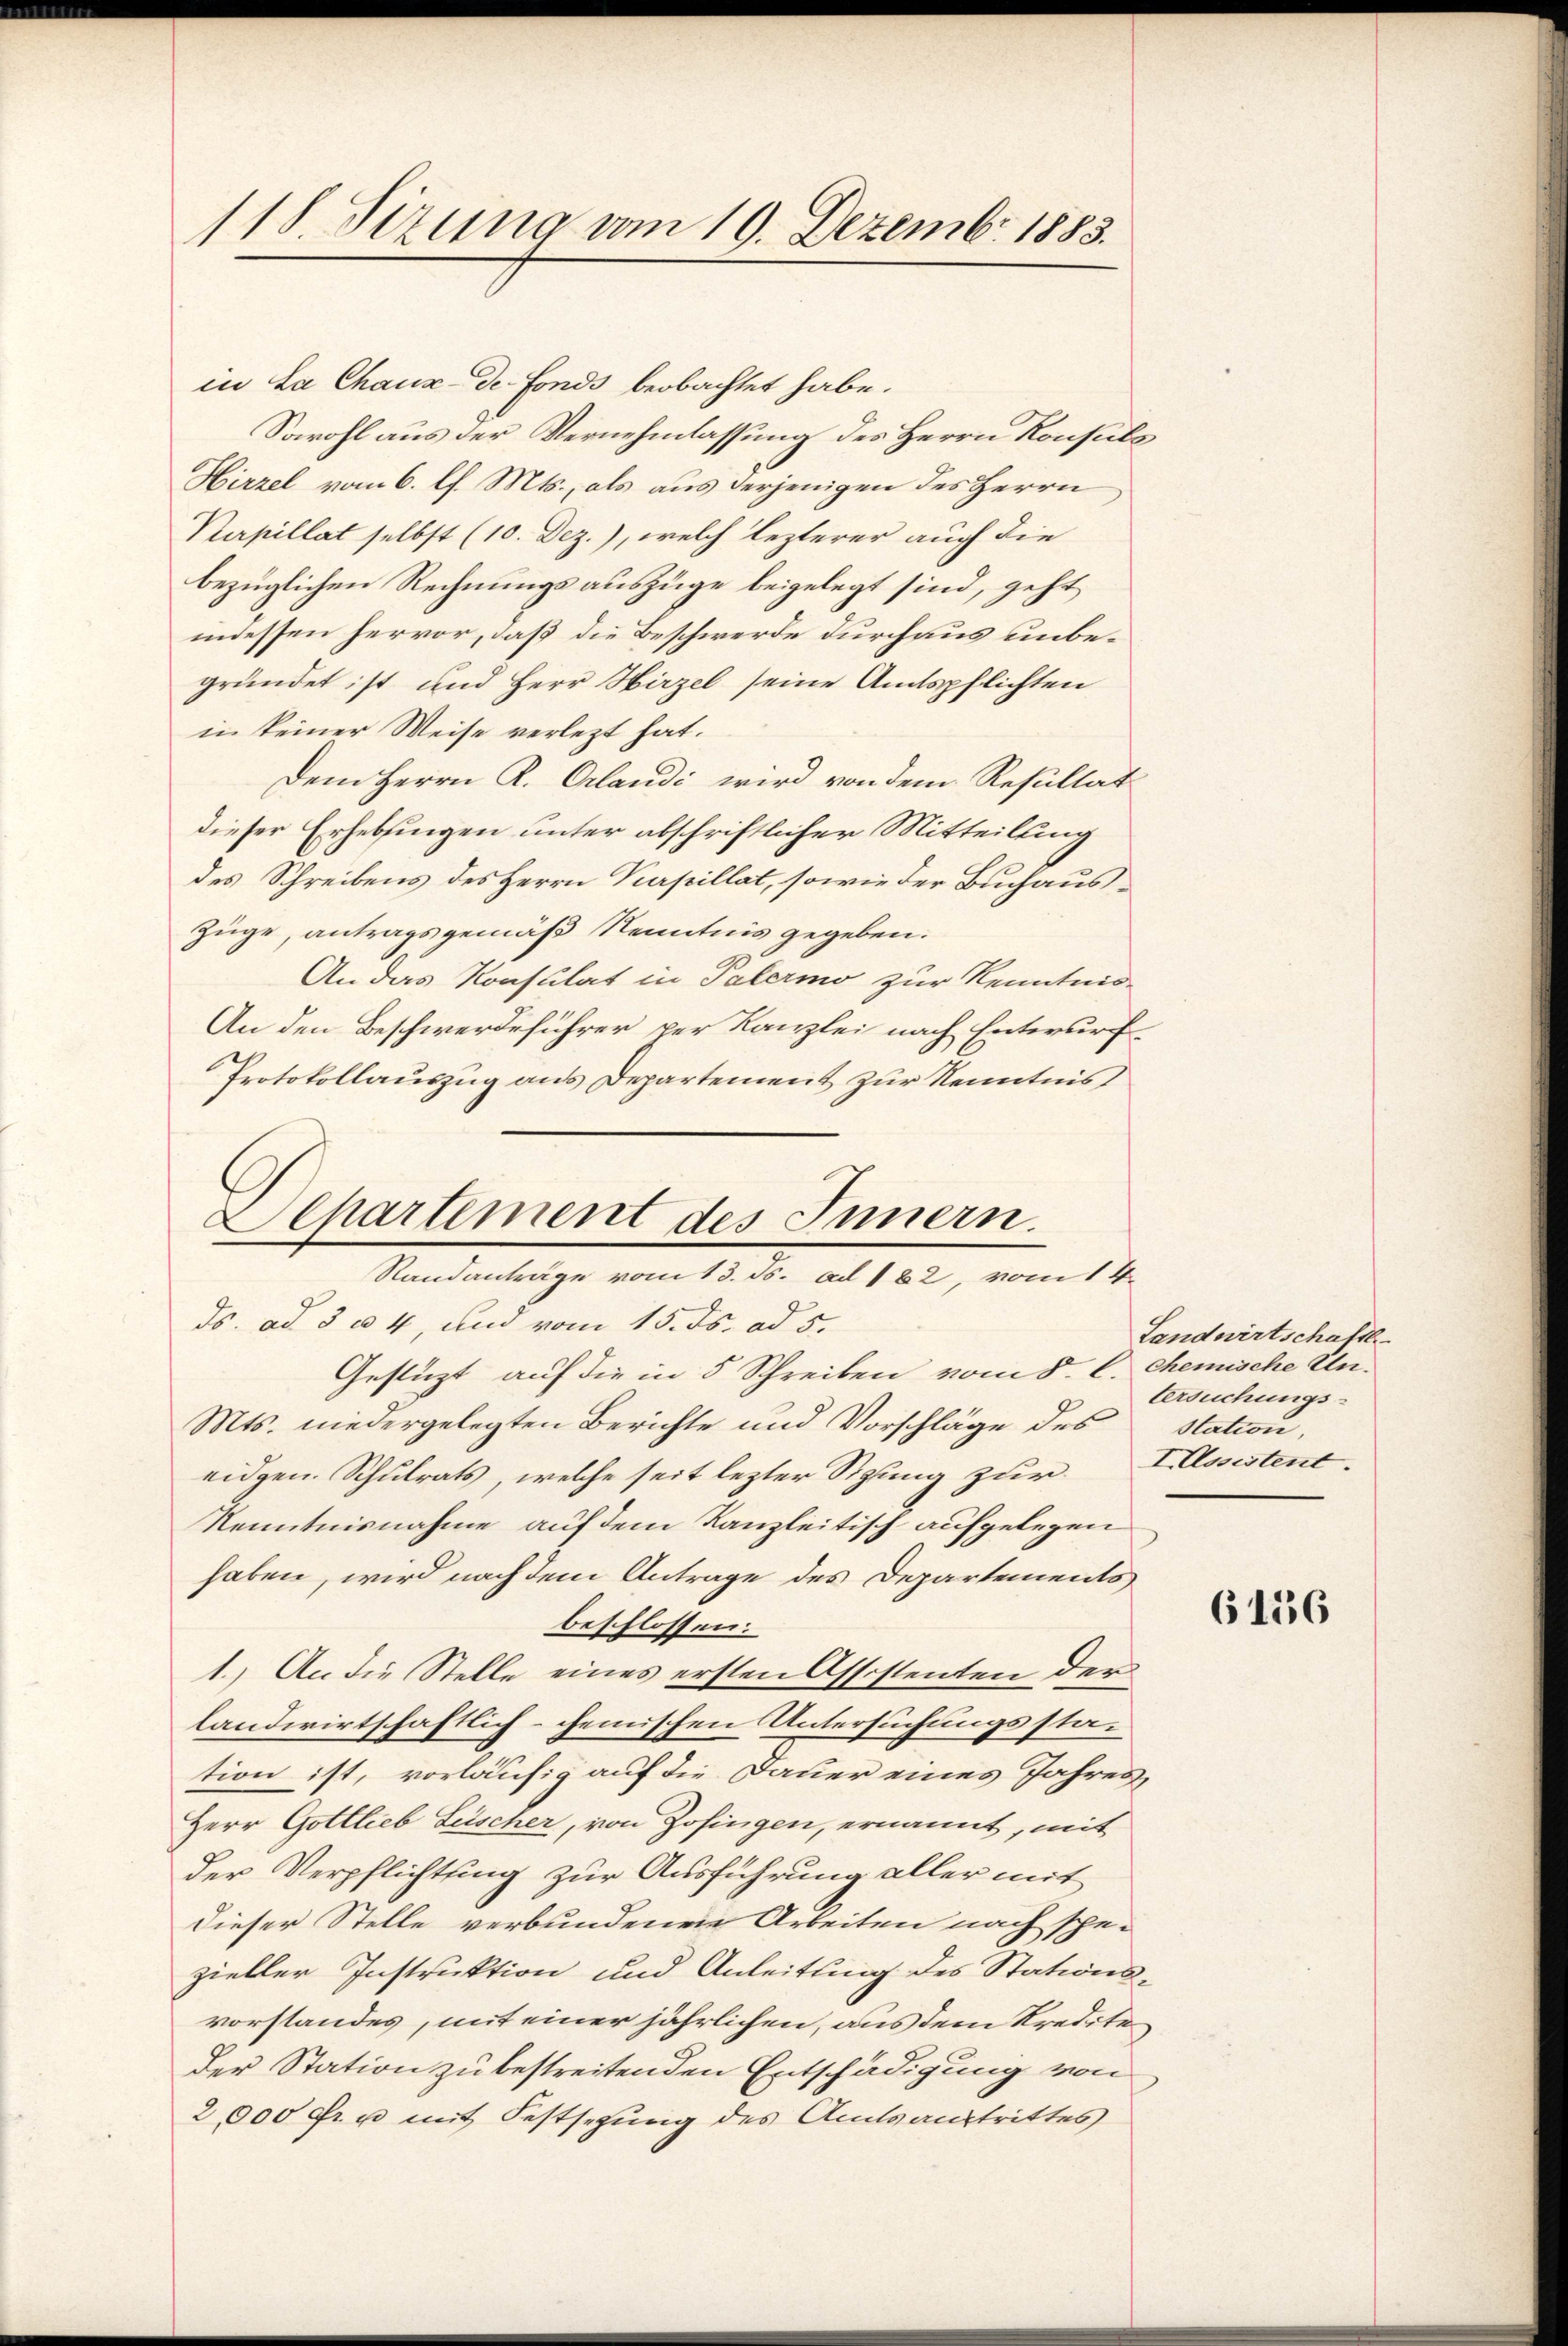
118. Sizung vom 19. Dezemb. 1883.

in La Chaux de fonds beobachtet habe.
Sowohl aus der Vernehmlassung des Herrn Konsuls
Hirzel vom 6. l. Mts., als aus derjenigen des Herrn
Kupillat selbst (10. Dez.), welch lezterer auch die
bezüglichen Rechnungsauszüge beigelegt sind, geht
indessen hervor, daß die Beschwerde durchaus unbegründet ist und Herr Hirzel seine Amtspflichten
in keiner Weise verletzt hat.
Dem Herrn R. Erlandi wird von dem Resultat
dieser Erhebungen unter abschriftlicher Mitteilung
des Schreibens des Herrn Purpillat, sowie der Buchaus¬
Züge, antragsgemäß Kenntnis gegeben.
An das Konsulat in Palermo zur Kenntnis-
An den Beschwerdeführer per Kanzlei nach Entwurf
Protokollauszug aus Departement zur Kenntnis
ds. ad 3 u. 4, und vom 15. ds. ad 5.
Gestüzt auf die in 5 Schreiben vom 5. C. Chemische Un¬
Mts. niedergelegten Berichte und Vorschläge des Station,
eidgen. Schulrats, welche seit lezter Sigung zur
Kenntnisnahme auf dem Kanzleitisch aufgelegen
haben, wird nach dem Antrage des Departements
beschlossen:
1.) An die Stelle eines ersten Assistenten der
landwirtschaftlich- chemischen Untersuchungsstation ist, vorläufig auf die Dauer eines Jahres
Herr Gottlieb Leischer, von Zofingen, ernannt, mit
der Verpflichtung zur Ausführung aller mit
dieser Stelle verbundenen Arbeiten nach spe-
zieller Instruktion und Anleitung des Stationsvorstandes, mit einer jährlichen, aus dem Kredite
Der Station zu bestreitenden Entschädigung von
2,000 Fr. u mit Festsezung des Amtsanstrittes

Separtement des Innern.
Randanträge vom 13. ds. ad 182, vom 14.

Landwirtschaftl
tersuchungs-
IDosistent.

6136